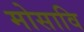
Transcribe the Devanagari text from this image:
मोसावि